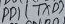
Text: PD1(TXD)